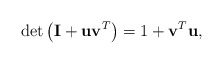
\begin{align*}\det\left( {\bf I} + {\bf u} {\bf v} ^T \right) = 1 + {\bf v} ^T {\bf u}, \end{align*}